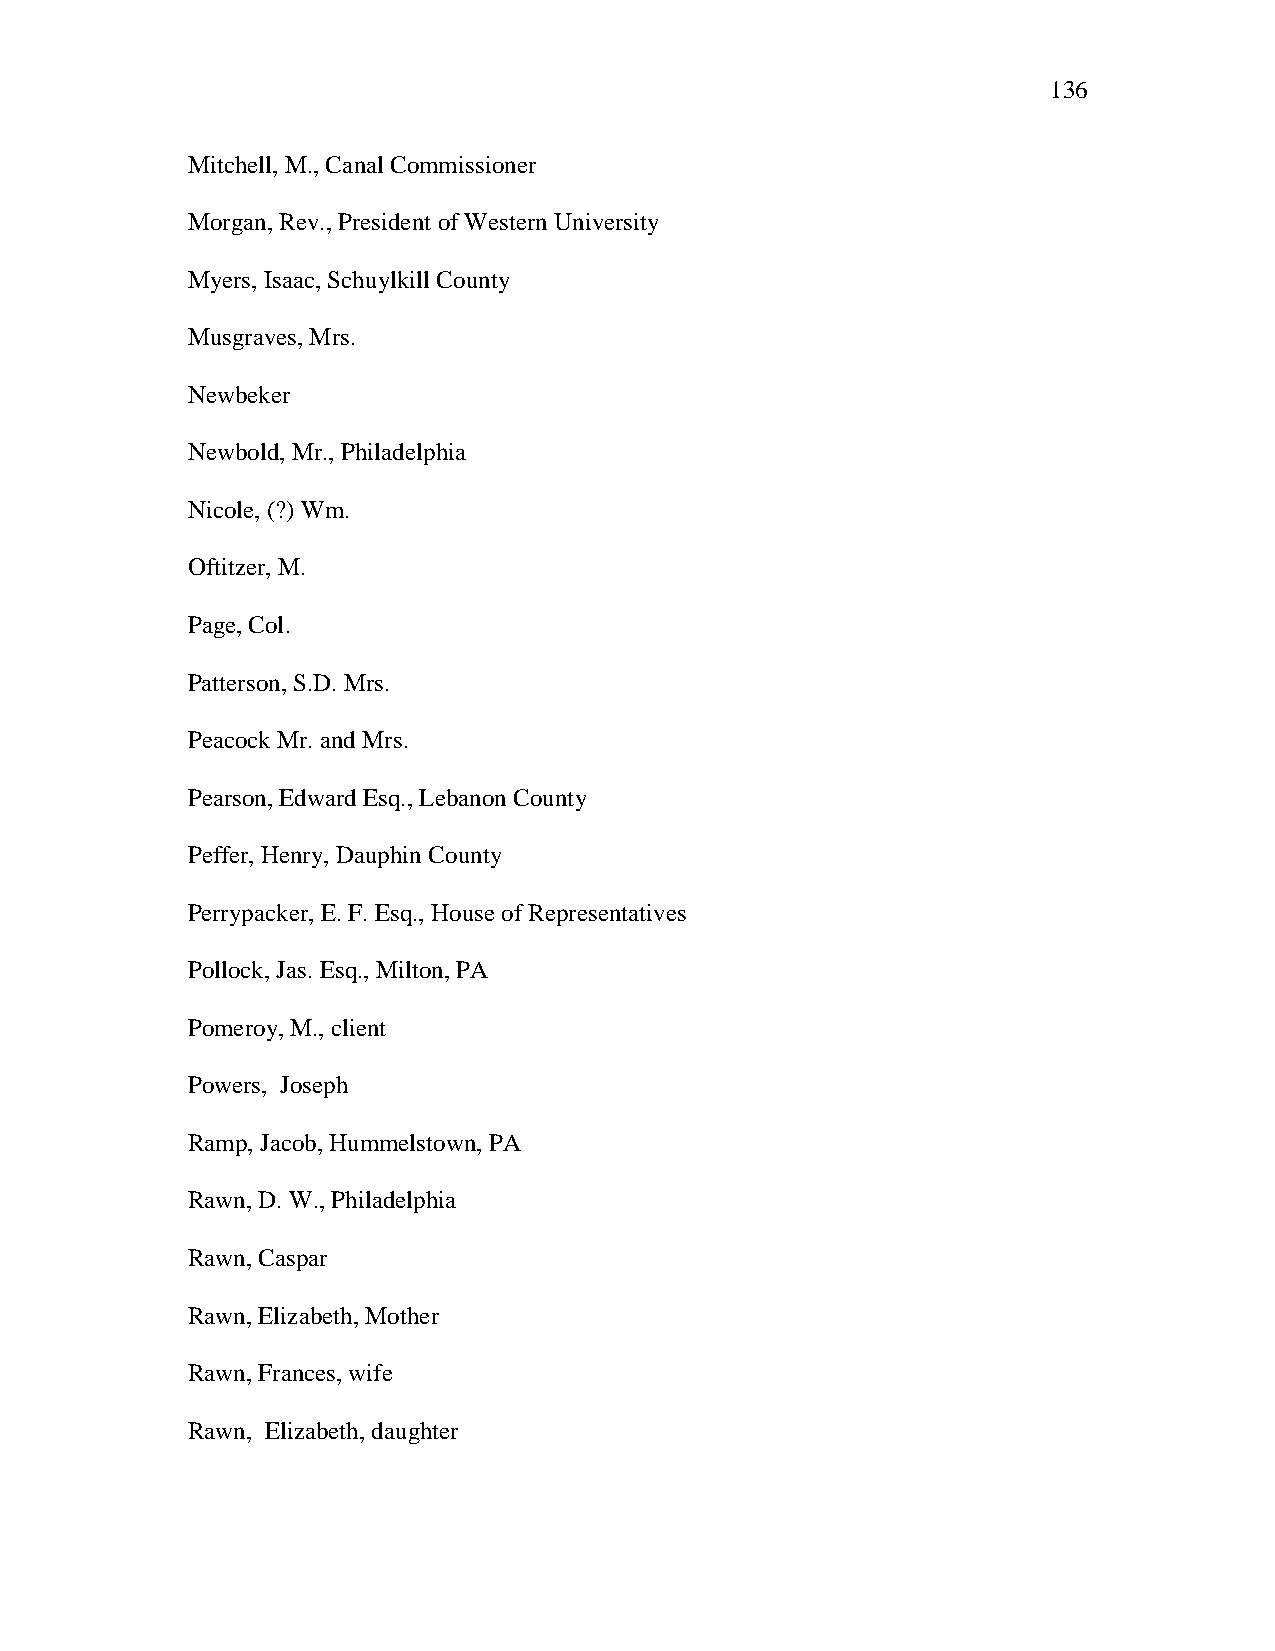
136
 Mitchell, M., Canal Commissioner
 Morgan, Rev., President of Western University
 Myers, Isaac, Schuylkill County
 Musgraves, Mrs.
 Newbeker
 Newbold, Mr., Philadelphia
 Nicole, (?) Wm.
 Oftitzer, M.
 Page, Col.
 Patterson, S.D. Mrs.
 Peacock Mr. and Mrs.
 Pearson, Edward Esq., Lebanon County
 Peffer, Henry, Dauphin County
 Perrypacker, E. F. Esq., House of Representatives
 Pollock, Jas. Esq., Milton, PA
 Pomeroy, M., client
 Powers, Joseph
 Ramp, Jacob, Hummelstown, PA
 Rawn, D. W., Philadelphia
 Rawn, Caspar
 Rawn, Elizabeth, Mother
 Rawn, Frances, wife
 Rawn, Elizabeth, daughter